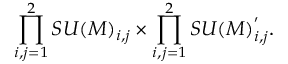
\prod _ { i , j = 1 } ^ { 2 } S U ( M ) _ { i , j } \times \prod _ { i , j = 1 } ^ { 2 } S U ( M ) _ { i , j } ^ { ' } .